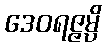
ဒေဝရဇ္ဇမ္ပိ